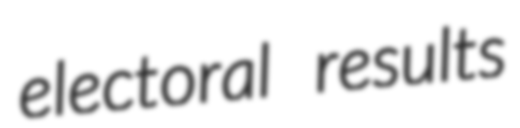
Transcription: electoral results